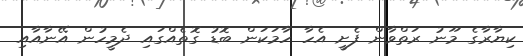
ކިޔާރާގެ މޫނު ރަތްވާން ފެށީ އެހާ ހާމަކަން ބޮޑު ގޮތެއްގައި ދެމީހުން އޭނާއާއި